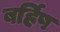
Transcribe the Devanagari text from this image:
बर्हिष